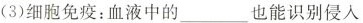
(3)细胞免疫：血液中的___也能识别侵入